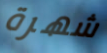
شهرة